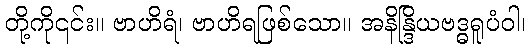
တို့ကို၎င်း။ ဗာဟိရံ၊ ဗာဟိရဖြစ်သော။ အနိန္ဒြိယဗဒ္ဓရူပံဝါ၊